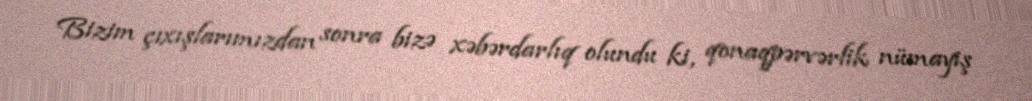
Bizim çıxışlarımızdan sonra bizə xəbərdarlıq olundu ki, qonaqpərvərlik nümayiş